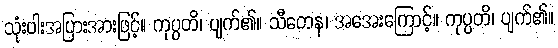
သုံးပါးအပြားအားဖြင့်။ ကုပ္ပတိ၊ ပျက်၏။ သီတေန၊ အအေးကြောင့်။ ကုပ္ပတိ၊ ပျက်၏။